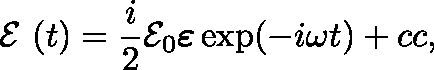
\mathrm { ~ \boldmath ~ \cal ~ E ~ } ( t ) = \frac { i } { 2 } { \cal E } _ { 0 } \boldsymbol { \varepsilon } \exp ( - i \omega t ) + c c ,